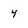
Character: 4